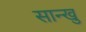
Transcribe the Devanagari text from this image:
सान्खु